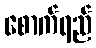
စောက်ရည်